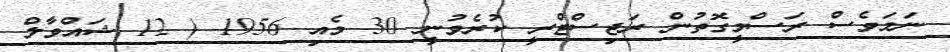
ނަމަވެސް ރަސްމީގޮތުން ރަޖިސްޓްރީ ކުރެވުނީ 30 މެއި 1956 ( 12 ޝައްވާލް